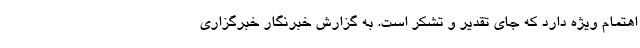
اهتمام ویژه دارد که جای تقدیر و تشکر است. به گزارش خبرنگار خبرگزاری